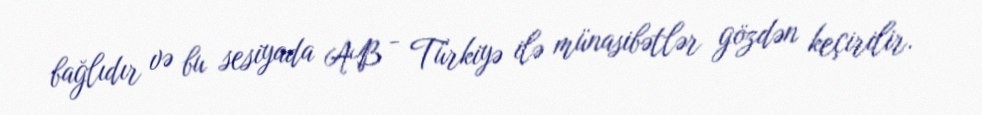
bağlıdır və bu sesiyada AB - Türkiyə ilə münasibətlər gözdən keçirilir.